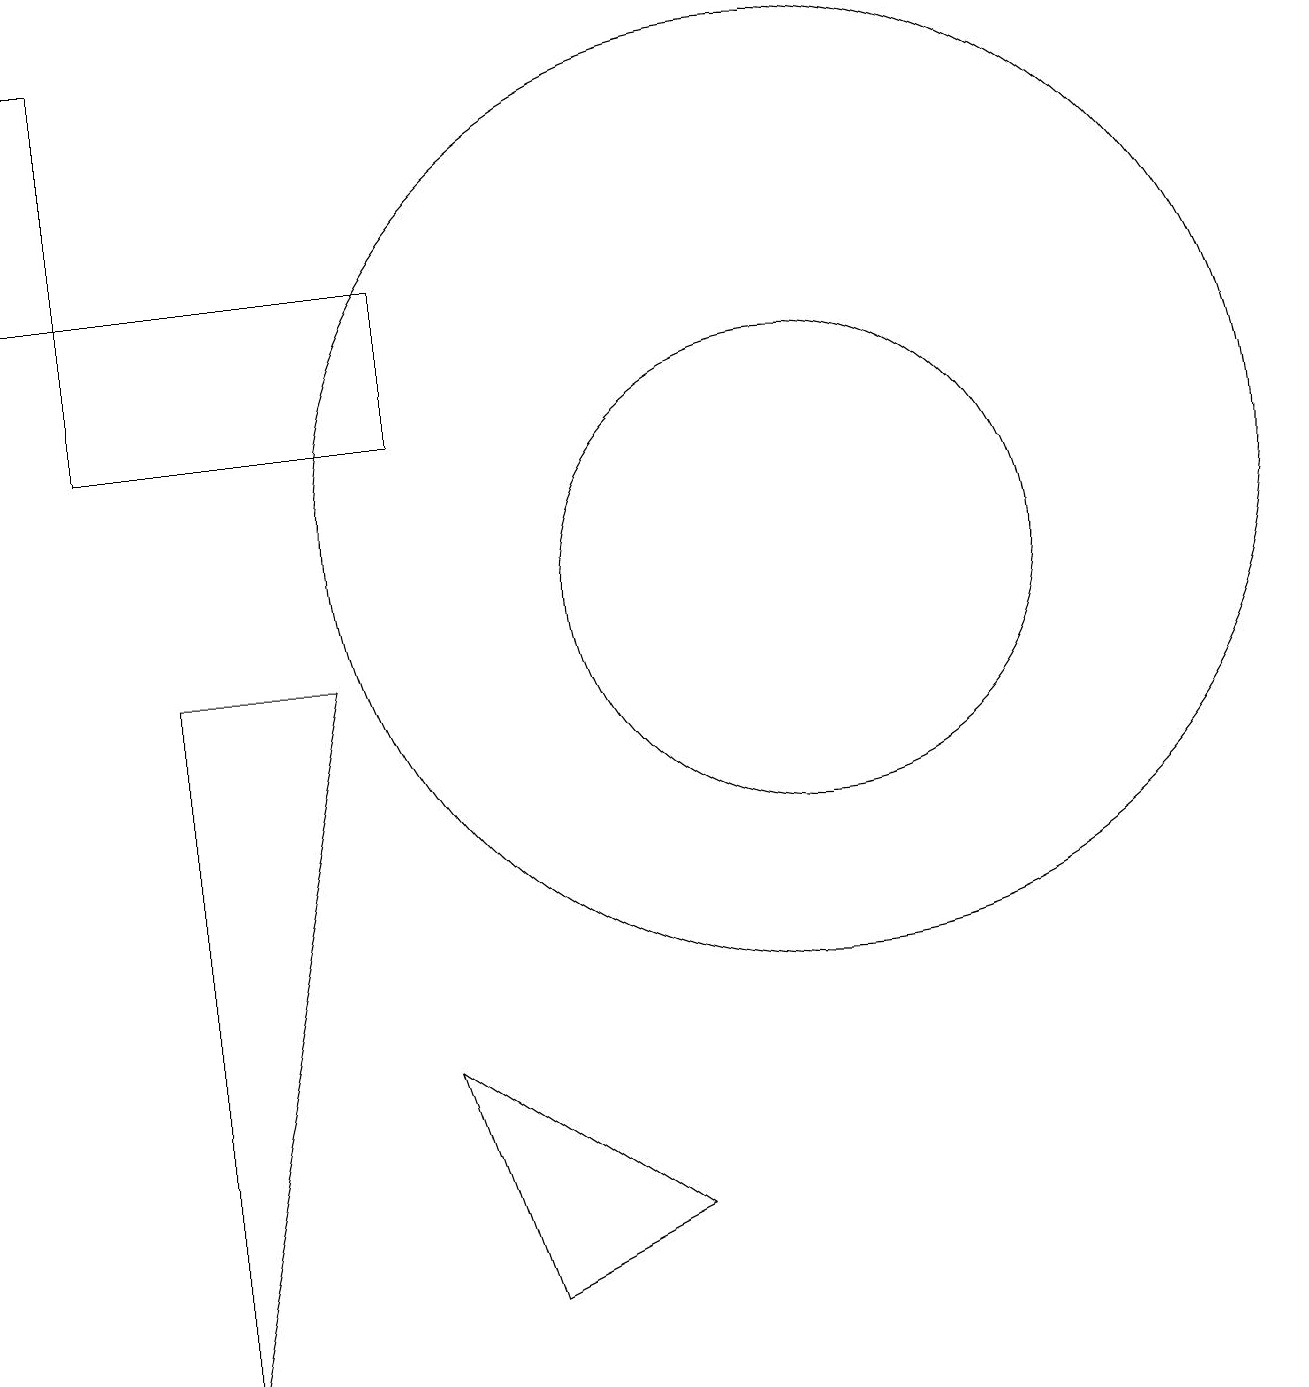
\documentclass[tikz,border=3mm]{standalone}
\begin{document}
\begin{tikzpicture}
\draw (9,2) -- (6,4) -- (7,1) -- cycle;
\draw (11,10) circle (3);
\draw (1,14) rectangle (2,17);
\draw (3,0) -- (5,9) -- (3,9) -- cycle;
\draw (10,10) circle (0);
\draw (6,12) rectangle (2,14);
\draw (11,11) circle (6);
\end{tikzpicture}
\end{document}